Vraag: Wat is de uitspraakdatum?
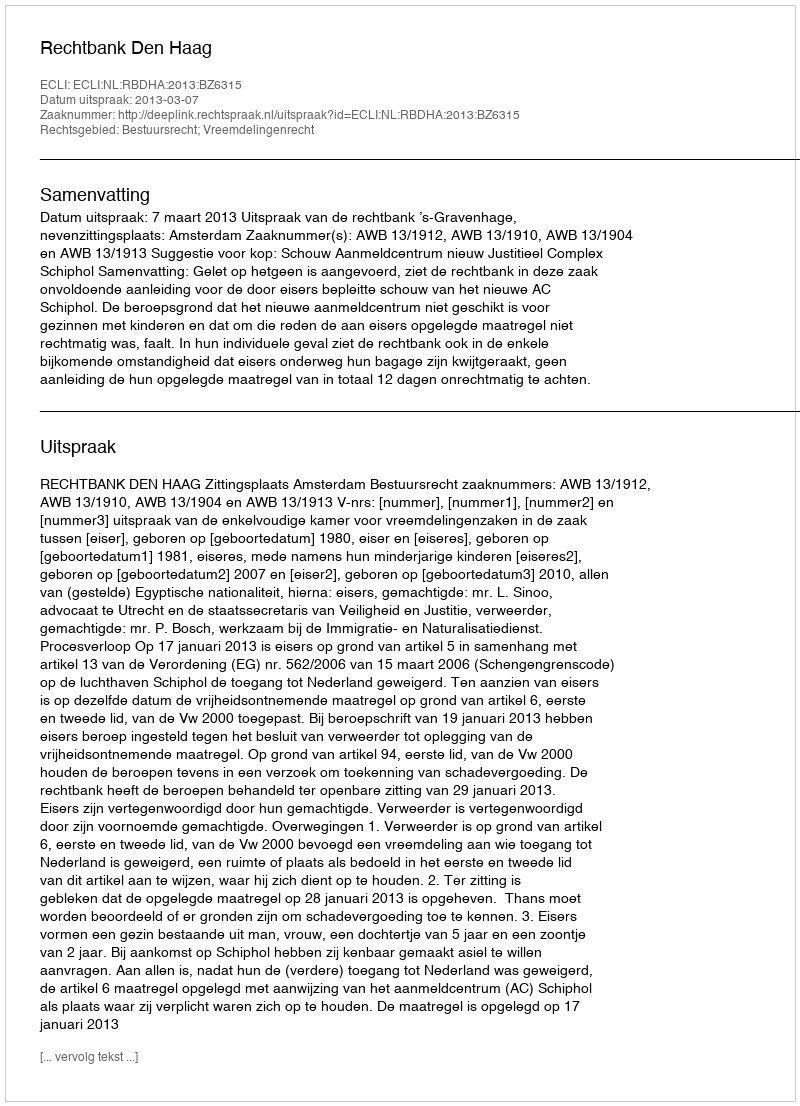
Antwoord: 2013-03-07